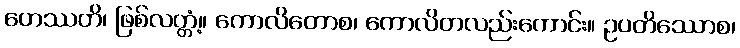
ဟေဿတိ၊ ဖြစ်လတ္တံ့။ ကောလိတောစ၊ ကောလိတလည်းကောင်း။ ဥပတိဿောစ၊